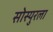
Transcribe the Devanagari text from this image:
सोस्युरला